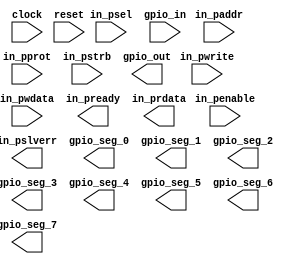
module gpio_top_apb(
  input         clock,
  input         reset,
  input  [31:0] in_paddr,
  input         in_psel,
  input         in_penable,
  input  [2:0]  in_pprot,
  input         in_pwrite,
  input  [31:0] in_pwdata,
  input  [3:0]  in_pstrb,
  output        in_pready,
  output [31:0] in_prdata,
  output        in_pslverr,

  output [15:0] gpio_out,
  input  [15:0] gpio_in,
  output [7:0]  gpio_seg_0,
  output [7:0]  gpio_seg_1,
  output [7:0]  gpio_seg_2,
  output [7:0]  gpio_seg_3,
  output [7:0]  gpio_seg_4,
  output [7:0]  gpio_seg_5,
  output [7:0]  gpio_seg_6,
  output [7:0]  gpio_seg_7
);

endmodule